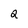
Character: a